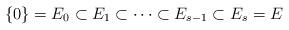
LaTeX: \begin{align*}\{0\}=E_0\subset E_1\subset\cdots \subset E_{s-1}\subset E_s=E\end{align*}